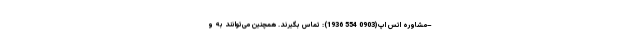
–مشاوره اتس اپ(0903 554 1936): تماس بگیرند. همچنین می‌توانند به و